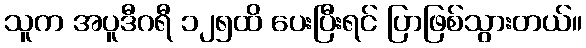
သူက အပူဒီဂရီ ၁၂၅ထိ ပေးပြီးရင် ပြာဖြစ်သွားတယ်။